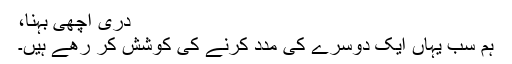
دری اچھی بہنا،
ہم سب یہاں ایک دوسرے کی مدد کرنے کی کوشش کر رھے ہیں۔